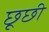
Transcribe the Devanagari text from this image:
छूछी